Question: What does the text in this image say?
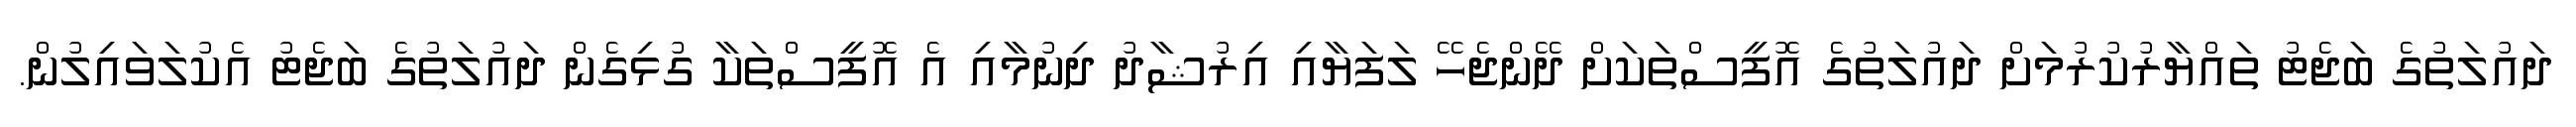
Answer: ދައުލަތުގެ ބަޖެޓު ތައްޔާރުކުރުމަށް ދައުލަތުގެ އޮފީސްތަކަށް ދޭންޖެހޭ ލަފަޔާއި އިރުޝާދު ދިނުމާއި އެ އޮފީސްތަކާ ގުޅިގެން ދައުލަތުގެ ބަޖެޓު އެކުލަވައިލުން.